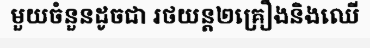
មួយចំនួនដូចជា រថយន្ត២គ្រឿងនិងឈើ